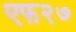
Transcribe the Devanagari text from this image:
एफ२७